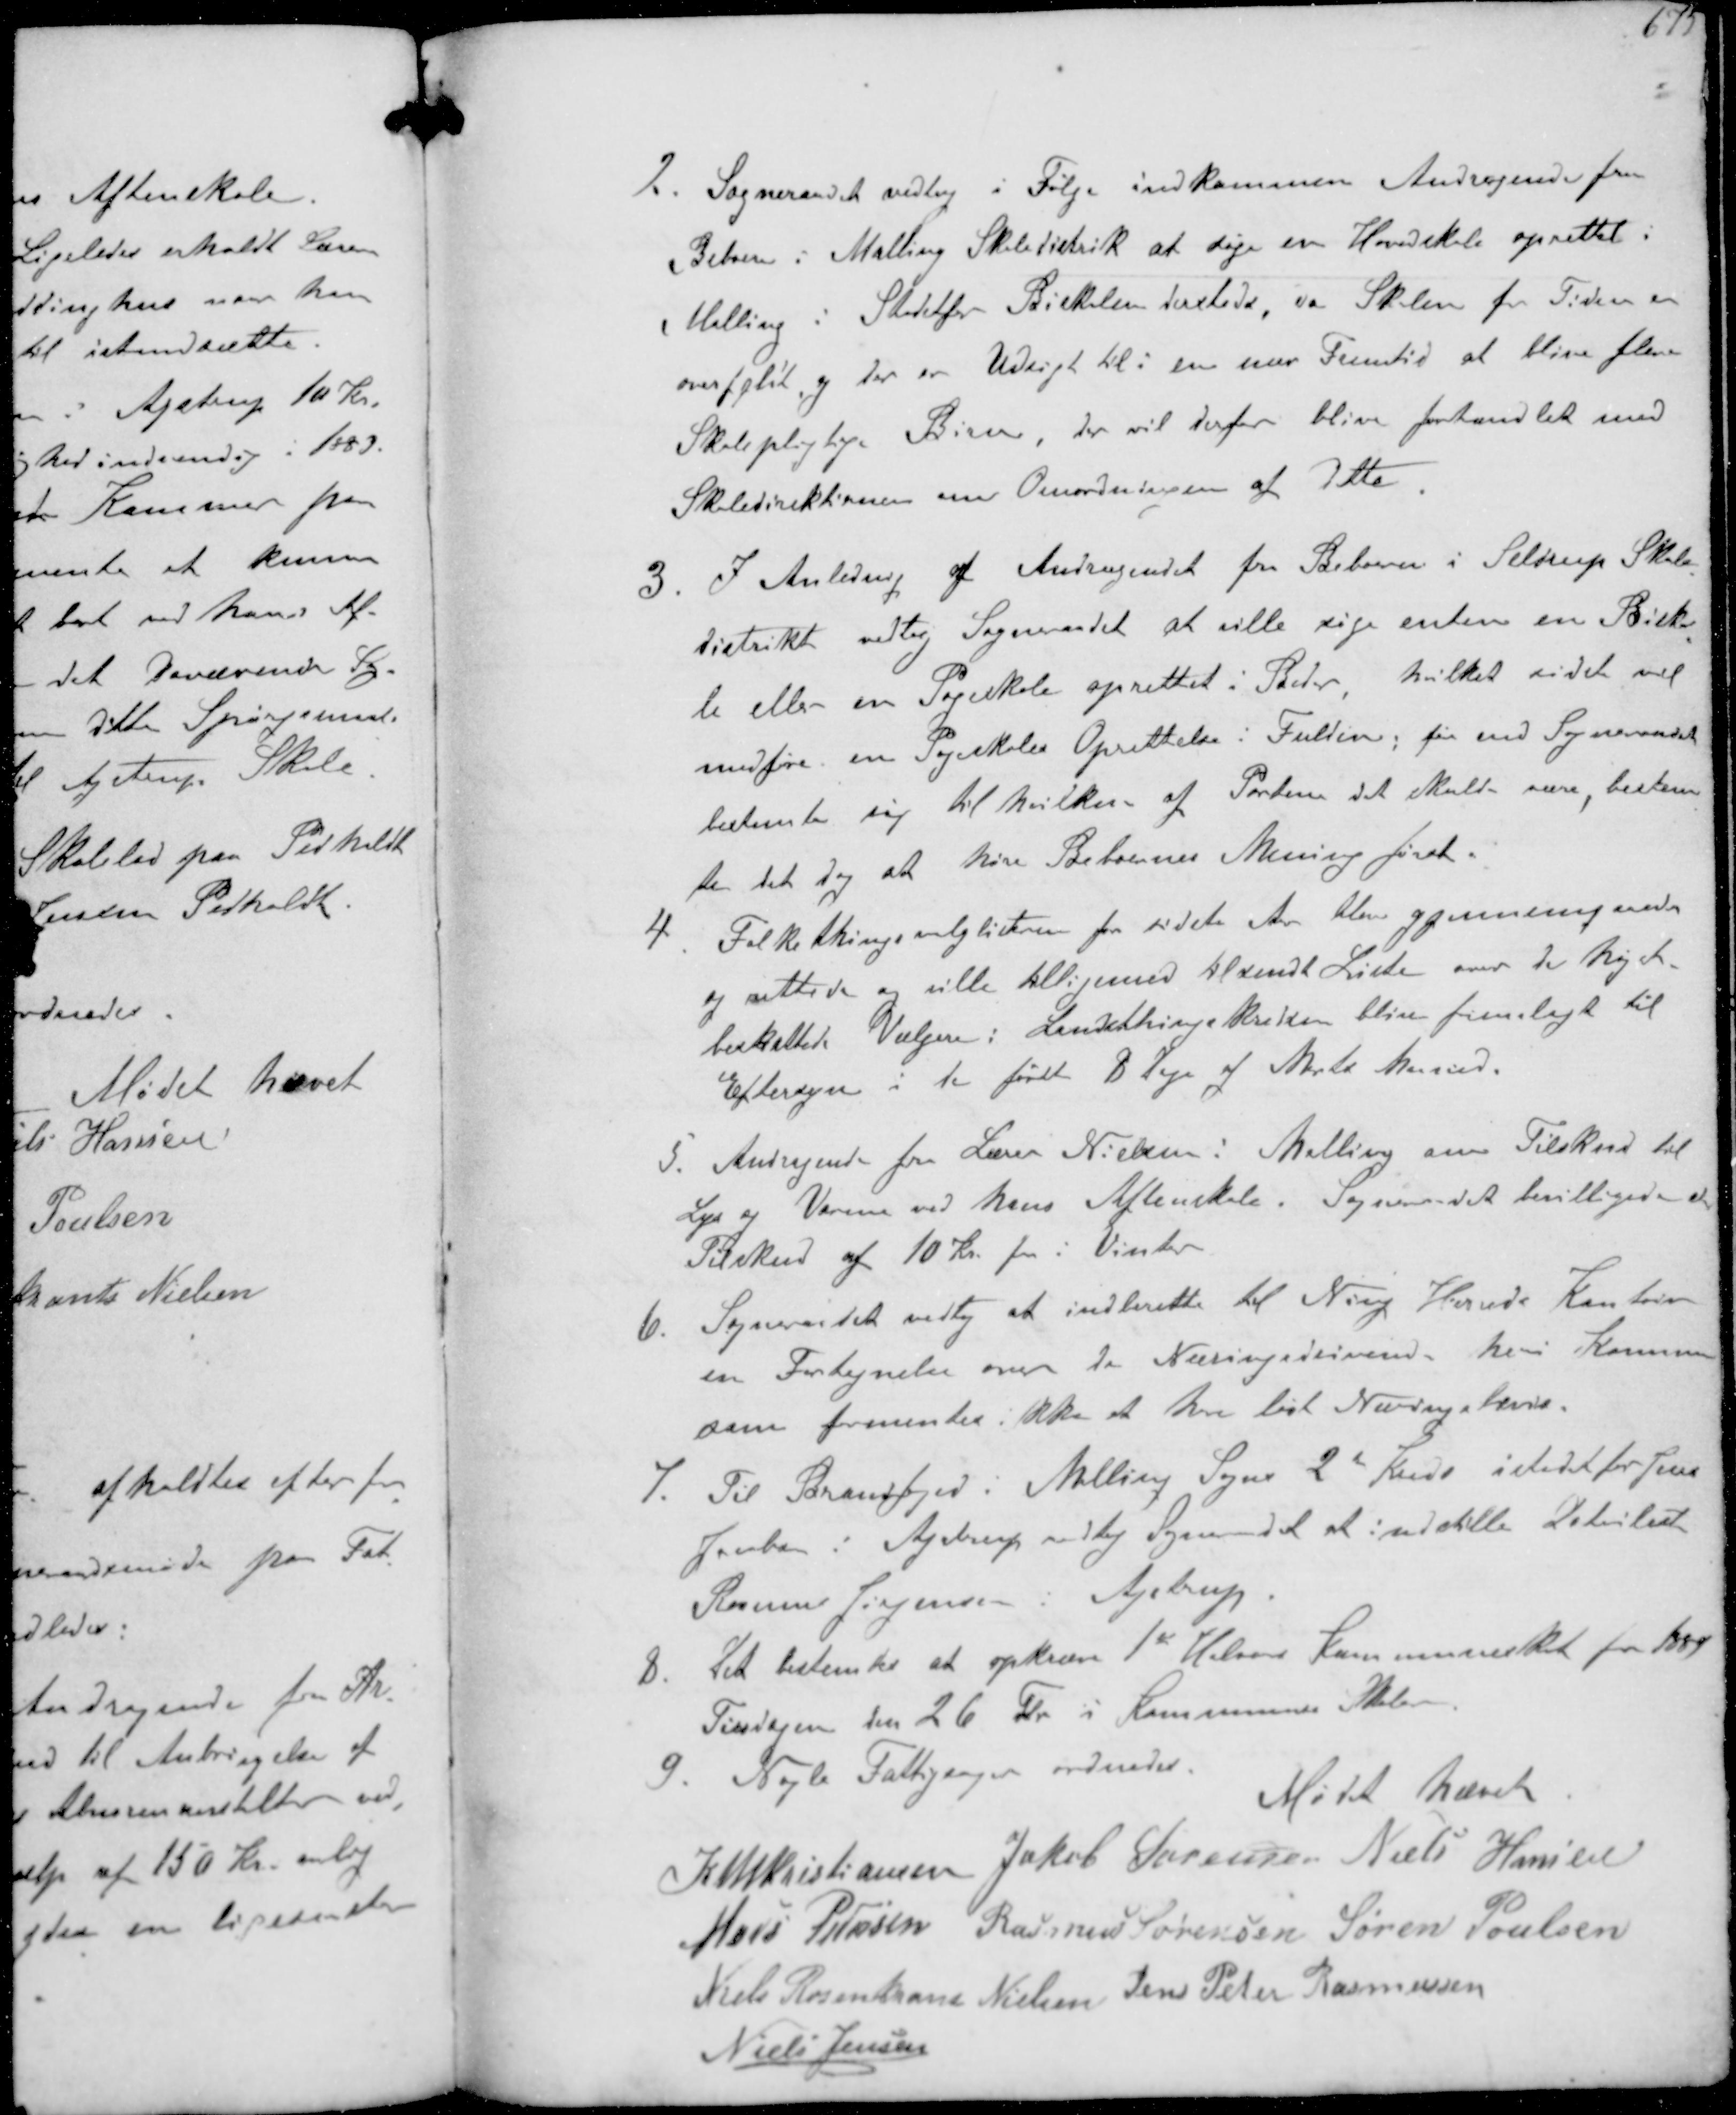
Transskription:
2. Sogneraadet vedtog i Følge indkommen Andragende fra
Beboere i Malling Skoledistrikt at søge en Hovedskole oprettet i
Malling i Stedetfor Biskolen dersteds da Skolen for Tiden er
overfyldt og der er Udsigt til i en nær Fremtid at blive flere
Skolepligtige Børn, der vil derfor blive forhandlet med
Skoledirektionen om Omordningen af Dette
3. I Anledning af Andragendet fra Beboere i Seldrup Skole-
distrikt vedtog Sogneraadet at ville søge enten en Bisko-
le eller en Pogeskole oprettet i Beder, hvilket sidste vil
medføre en Pogeskoles Oprettelse i Fulden før end Sogneraadet
bestemte sig til hvilken af Parterne det skulde være bestem-
te det dog at høre Beboernes Mening først
4. Folkethingsvalglisterne fra sidste Aar blev gjennemgaaede
og rettede og ville tilligemed tilsendt Liste over de højst
beskattede Vælgere i Landsthingskredsen blive fremlagt til
Eftersyn i de første 8 Dage af Marts Maaned
5. Andragende fra Lærer Nielsen i Malling om Tilskud til
Lys og Varme ved hans Aftenskole. Sogneraadet bevilligede
Tilskud af 10 Kr for i Vinter
6. Sogneraadet vedtog at indberette til Ning Herreds Kontor
en Fortegnelse over de Næringsdrivende heri Kommu-
som formentes ikke at har løst Næringsbrev
7. Til Brandfoged i Malling Sogns 2d Kreds istedet for Jens
Jacobsen i Ajstrup vedtog Sogneraad at indstille Detailist
Rasmus Jørgensen i Ajstrup
8. Det bestemte at kræve 1st Halvaars Kommuneskat for 1889
Tirsdagen den 26 Fbr i Kommunens Skoler
9. Nogle Fattigsager ordnedes.
Mødet hævet
K N M Cristiansen Jakob Sørensen Niels Hansen
Hans Pedersen Rasmus Sørensen Søren Poulsen
Niels Rosenkrands Nielsen Jens Peter Rasmussen
Niels Jensen